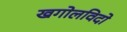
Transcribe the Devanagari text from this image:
खगोलविदो